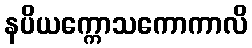
နပိယက္ကောသကောကာလိ